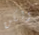
ولكن